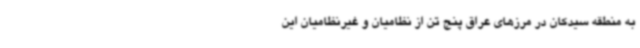
به منطقه سیدکان در مرزهای عراق پنج تن از نظامیان و غیرنظامیان این